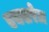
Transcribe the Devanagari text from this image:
एक्सरेज़